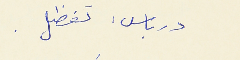
درباس : تفظل .